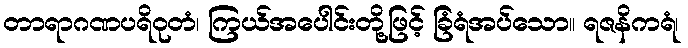
တာရာဂဏပရိဝုတံ၊ ကြယ်အပေါင်းတို့ဖြင့် ခြံရံအပ်သော။ ရဇနိကရံ၊